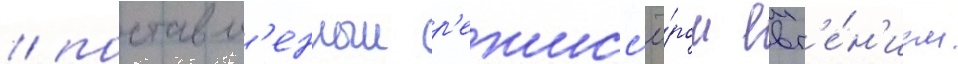
/ поставл'енныи р'ежисс'ё́ром евг'е́н'ием